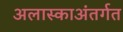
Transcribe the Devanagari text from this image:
अलास्काअंतर्गत